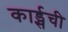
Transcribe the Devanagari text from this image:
कार्ड्सची